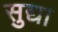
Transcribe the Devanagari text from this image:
सुद्या